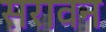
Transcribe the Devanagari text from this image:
सरावन